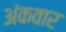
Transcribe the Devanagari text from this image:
अंकवार